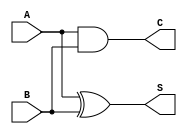
module CarryLookaheadHalfAdder (
    input wire A,    // Single-bit input A
    input wire B,    // Single-bit input B
    output wire S,   // Sum output
    output wire C    // Carry output
);

// Calculate the sum using XOR operation
assign S = A ^ B;

// Calculate the carry using AND operation
assign C = A & B;

endmodule